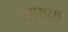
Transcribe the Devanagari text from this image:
शफ़क